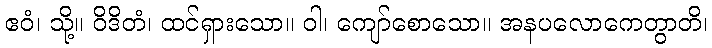
ဧဝံ၊ သို့။ ဝိဒိတံ၊ ထင်ရှားသော။ ဝါ၊ ကျော်စောသော။ အနပလောကေတွာတိ၊